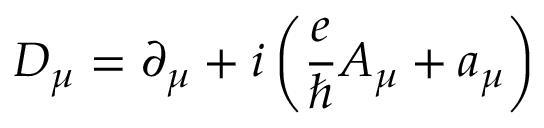
D _ { \mu } = \partial _ { \mu } + i \left( \frac { e } { \hbar } A _ { \mu } + a _ { \mu } \right)